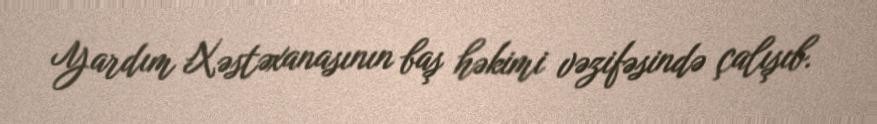
Yardım Xəstəxanasının baş həkimi vəzifəsində çalışıb.